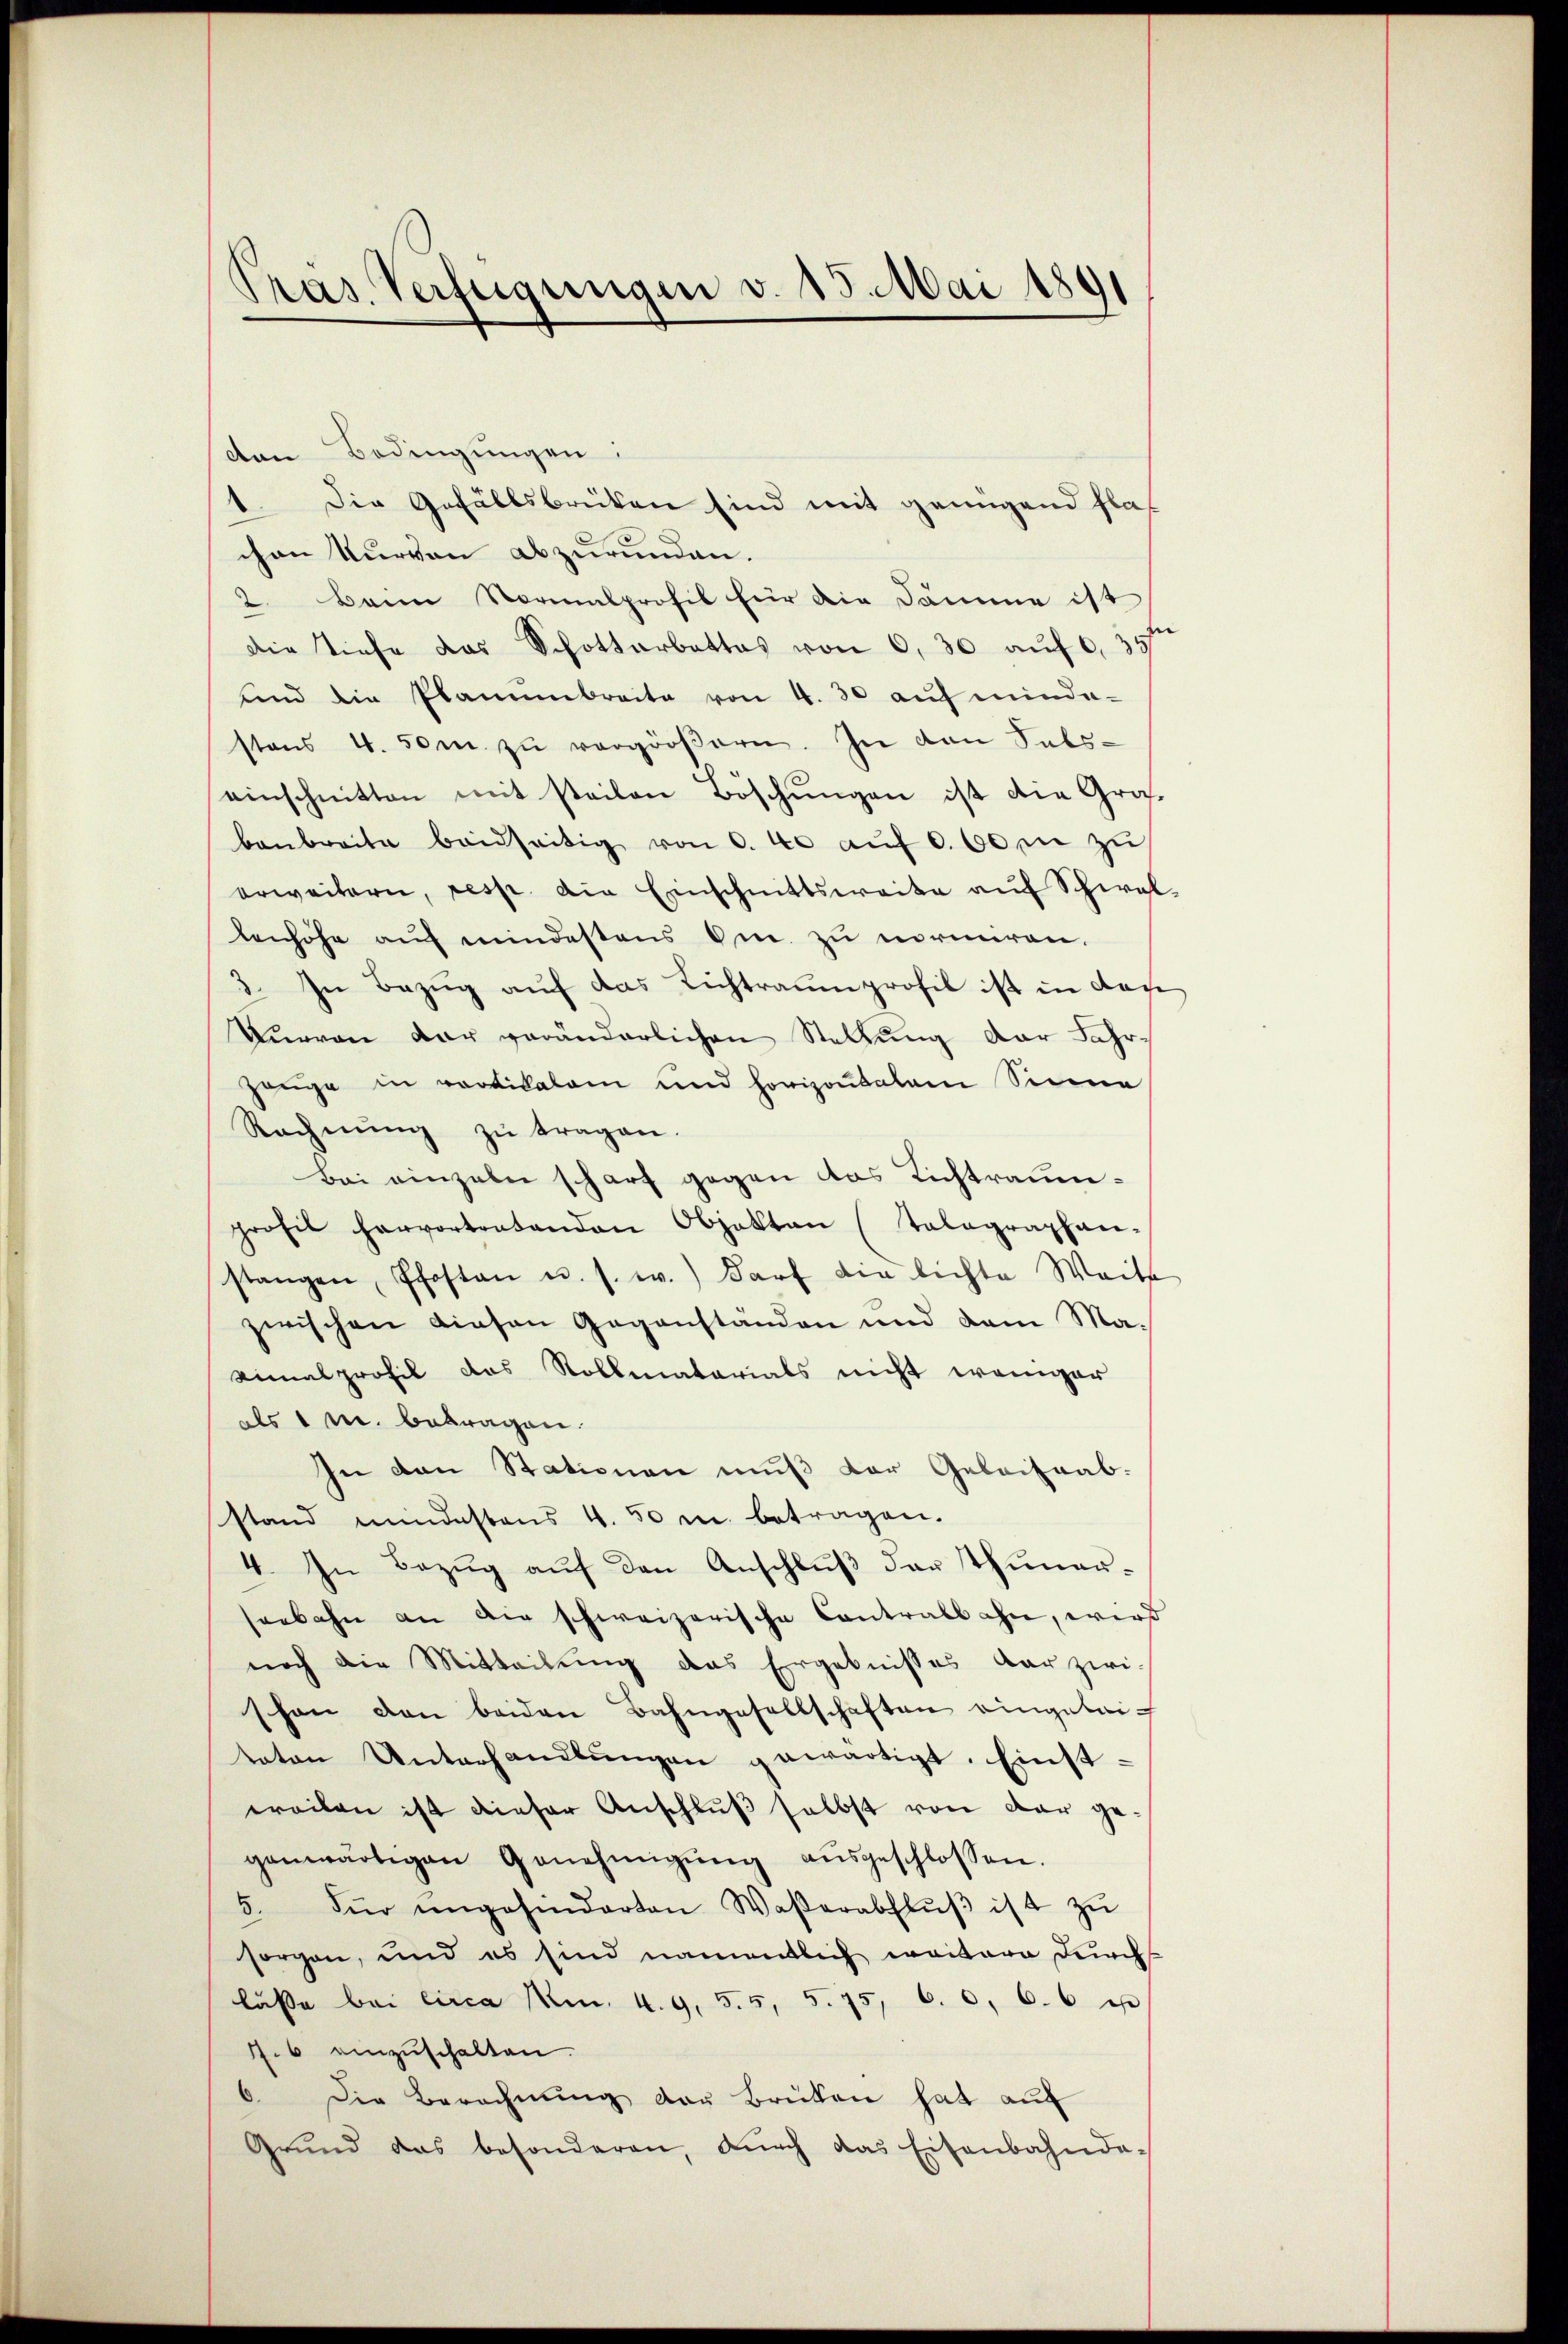
Pras. Verfügungen v. 15. Mai 1891

den Bedingungen:
Die Gefällsbrücken sind mit genügend flat
d
chen Kurven abzurunden.
2. Beim Normalprofil für die Dämme ist
die Tiefe das Schottarbattes von 6, 30 auf 0,35
und die Planumbreite von 4. 30 auf minde-
stens 4. 50m zŭ vergröβern. In den Sabs-
2
einschnitten mit steilen Boschungen ist die Grabanbreite beidseitig von 6. 40 aŭf 000 in zu
erweitern, resp. die Einschnittsweite auf Schwellenhöhe auf mindestens Om. zu normiren.
3. In Bezug auf das Lichtraumprofil ist in dase
Tueran dar veränderlichen Stellung der Fahr¬
Zeuge in partikalam und horizontalem Sinne
Rechnŭng zŭ tragen.
Bei einzeln scharf gegen das Lichtraumprofil hervortretenden Objekten (Talagraphen-
stangen, Pfosten u. s. w.) darf die lichte Weite
zwischen diesen Gegenständen und dem Ma-
Limalprofil das Rollmatarials nicht weniger
als 1 m. betragen.
In den Stationen muß der Geleitrab.
stand mindestens 4. 50 m betragen.
4. In Bezŭg aŭf den Anschlŭβ der Thuner-
seebahn an die schweizerische Contralbahn, wird
noch die Mitteilung das Ergebnisses dar zwi-
schon den beiden Bahngesellschaften eingebritaten Unterhandlŭngen gewärtigt. Einstweilen ist dieser Anschluß selbst von dar gegenwärtigen Genehmigung ausgeschlossen.
5. für ungehindarten Waßerabflŭβ ist zŭ
sorgen, und es sind namentlich weitere durch
lässe bei circa 1m. 4. 9. 55, 5. 75, 6. 6, 66
7.6 einzuschalten.
6. Die Berechnŭng der Brüken hat auf
Grŭnd das besonderen, dŭrch das Eisenbahnda-